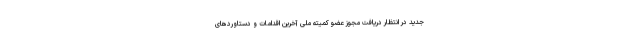
جدید در انتظار دریافت مجوز عضو کمیته ملی آخرین اقدامات و دستاوردهای